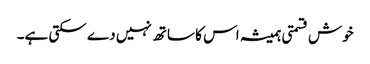
خوش قسمتی ہمیشہ اس کا ساتھ نہیں دے سکتی ہے۔